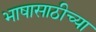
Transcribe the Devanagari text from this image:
भाषासाठीच्या